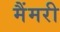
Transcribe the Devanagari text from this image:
मैंमरी